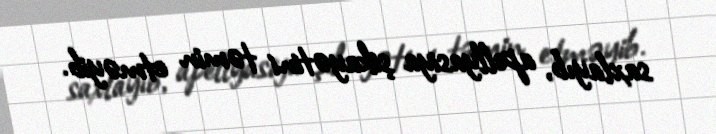
saxlayıb, apellyasiya şikayətini təmin etməyib.